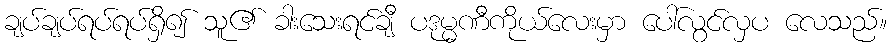
ချပ်ချပ်ရပ်ရပ်ရှိ၍ သူ၏ ခါးသေးရင်ချီ ပဒုမ္မဏီကိုယ်လေးမှာ ပေါ်လွင်လှပ လေသည်။